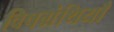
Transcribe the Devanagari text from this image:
विषग्रंथियाँ